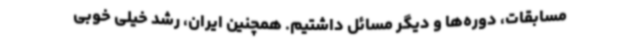
مسابقات، دوره‌ها و دیگر مسائل داشتیم. همچنین ایران، رشد خیلی خوبی